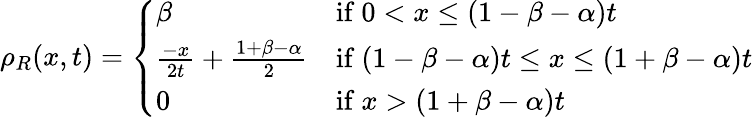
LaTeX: \rho_{R}(x,t)=\left\{ \begin{array}{ll}{\beta}&{\mathrm{if~}0<x\leq(1-\beta-\alpha)t}\\ {\frac{-x}{2t}+\frac{1+\beta-\alpha}{2}}&{\mathrm{if~}(1-\beta-\alpha)t\leq x\leq(1+\beta-\alpha)t}\\ {0}&{\mathrm{if~}x>(1+\beta-\alpha)t}\end{array}\right.